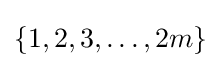
\{1,2,3,\ldots ,2m\}